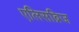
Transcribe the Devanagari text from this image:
एलिसब्रिज